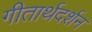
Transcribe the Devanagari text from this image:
गीतार्थदर्शन